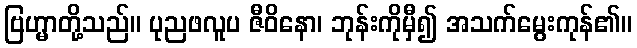
ဗြဟ္မာတို့သည်။ ပုညဖလူပ ဇီဝိနော၊ ဘုန်းကိုမှီ၍ အသက်မွေးကုန်၏။